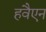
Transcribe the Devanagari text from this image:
हवैएन